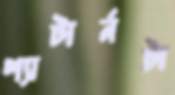
প্যাটার্নটা